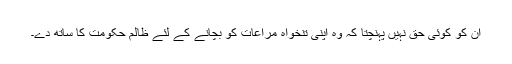
ان کو کوئی حق نہیں پہنچتا کہ وہ اپنی تنخواہ مراعات کو بچانے کے لئے ظالم حکومت کا ساتھ دے۔